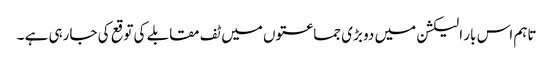
تاہم اس بار الیکشن میں دو بڑی جماعتوں میں ٹف مقابلے کی توقع کی جارہی ہے ۔